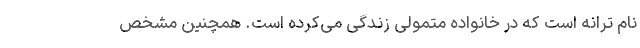
نام ترانه است که در خانواده متمولی زندگی می‌کرده است. همچنین مشخص